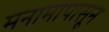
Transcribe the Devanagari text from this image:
मनामापासून